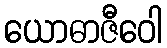
ယောဓာဇီဝေါ